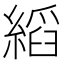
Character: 縚